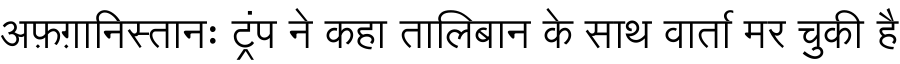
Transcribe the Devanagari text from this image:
अफ़ग़ानिस्तानः ट्रंप ने कहा तालिबान के साथ वार्ता मर चुकी है